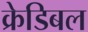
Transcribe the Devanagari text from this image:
क्रेडिबल